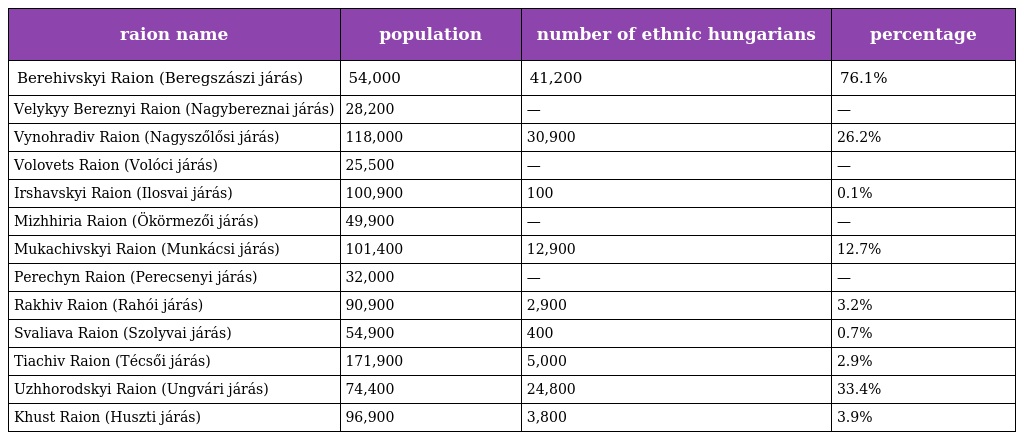
| raion name | population | number of ethnic hungarians | percentage |
 | --- | --- | --- | --- |
 | Berehivskyi Raion (Beregszászi járás) | 54,000 | 41,200 | 76.1% |
 | Velykyy Bereznyi Raion (Nagybereznai járás) | 28,200 | — | — |
 | Vynohradiv Raion (Nagyszőlősi járás) | 118,000 | 30,900 | 26.2% |
 | Volovets Raion (Volóci járás) | 25,500 | — | — |
 | Irshavskyi Raion (Ilosvai járás) | 100,900 | 100 | 0.1% |
 | Mizhhiria Raion (Ökörmezői járás) | 49,900 | — | — |
 | Mukachivskyi Raion (Munkácsi járás) | 101,400 | 12,900 | 12.7% |
 | Perechyn Raion (Perecsenyi járás) | 32,000 | — | — |
 | Rakhiv Raion (Rahói járás) | 90,900 | 2,900 | 3.2% |
 | Svaliava Raion (Szolyvai járás) | 54,900 | 400 | 0.7% |
 | Tiachiv Raion (Técsői járás) | 171,900 | 5,000 | 2.9% |
 | Uzhhorodskyi Raion (Ungvári járás) | 74,400 | 24,800 | 33.4% |
 | Khust Raion (Huszti járás) | 96,900 | 3,800 | 3.9% |